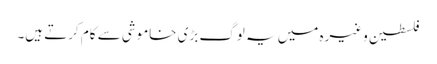
فلسطین وغیرہ میں یہ لوگ بڑی خاموشی سے کام کرتے ہیں۔